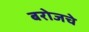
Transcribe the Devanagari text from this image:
बरोजचे